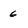
Character: 6